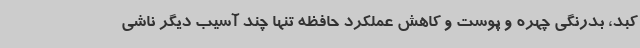
کبد، بدرنگی چهره و پوست و کاهش عملکرد حافظه تنها چند آسیب دیگر ناشی